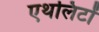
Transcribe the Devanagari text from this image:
एथलिटों